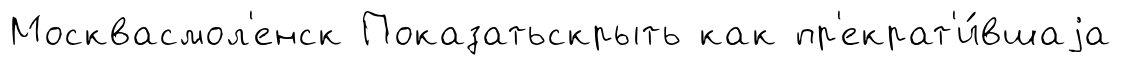
Москвасмол'енск Показатьскрыть как пр'екрат'и́вшаjа